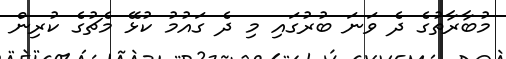
މުބާރާތުގެ ދެ ވަނަ ބުރުގައި މި ދެ ގައުމު ކުޅޭ މެޗުގެ ކުރިން